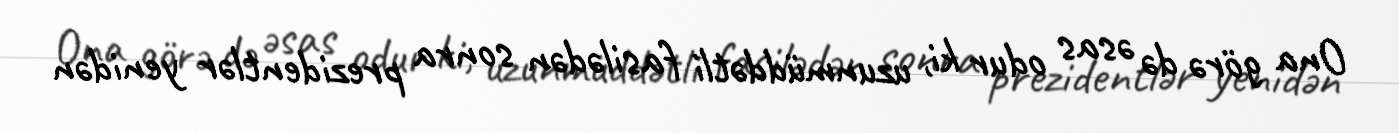
Ona görə də əsas odur ki, uzunmüddətli fasilədən sonra prezidentlər yenidən